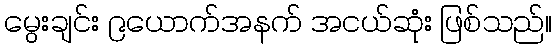
မွေးချင်း ၉ယောက်အနက် အငယ်ဆုံး ဖြစ်သည်။